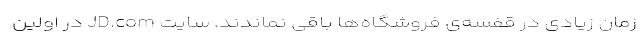
زمان زیادی در قفسه‌ی فروشگاه‌ها باقی نماندند. سایت JD.com در اولین